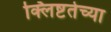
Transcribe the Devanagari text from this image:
क्लिष्टतेच्या